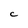
Character: C